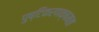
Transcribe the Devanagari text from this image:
पुष्टिकरणक्षमता